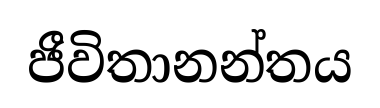
ජීවිතානන්තය